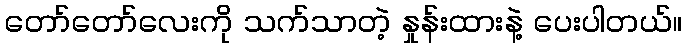
တော်တော်လေးကို သက်သာတဲ့ နှုန်းထားနဲ့ ပေးပါတယ်။